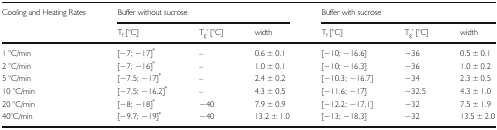
<table><thead><tr><td rowspan="2"><b>Cooling and Heating Rates</b></td><td colspan="3"><b>Buffer without sucrose</b></td><td colspan="3"><b>Buffer with sucrose</b></td></tr><tr><td><b>T<sub>f</sub> [°C]</b></td><td><b>T<sub>g</sub>’ [°C]</b></td><td><b>width</b></td><td><b>T<sub>f</sub> [°C]</b></td><td><b>T<sub>g</sub>’ [°C]</b></td><td><b>width</b></td></tr></thead><tbody><tr><td>1 °C/min</td><td>[−7; −17]<sup>*</sup></td><td>–</td><td>0.6 ± 0.1</td><td>[−10; −16.6]</td><td>−36</td><td>0.5 ± 0.1</td></tr><tr><td>2 °C/min</td><td>[−7; −16]<sup>*</sup></td><td>–</td><td>1.0 ± 0.1</td><td>[−10; −16.3]</td><td>−36</td><td>1.0 ± 0.2</td></tr><tr><td>5 °C/min</td><td>[−7.5; −17]<sup>*</sup></td><td>–</td><td>2.4 ± 0.2</td><td>[−10.3; −16.7]</td><td>−34</td><td>2.3 ± 0.5</td></tr><tr><td>10 °C/min</td><td>[−7.5; −16.2]<sup>*</sup></td><td>–</td><td>4.3 ± 0.5</td><td>[−11.6; −17]</td><td>−32.5</td><td>4.3 ± 1.0</td></tr><tr><td>20 °C/min</td><td>[−8; −18]<sup>*</sup></td><td>−40</td><td>7.9 ± 0.9</td><td>[−12.2; −17.1]</td><td>−32</td><td>7.5 ± 1.9</td></tr><tr><td>40°C/min</td><td>[−9.7; −19]<sup>*</sup></td><td>−40</td><td>13.2 ± 1.0</td><td>[−13; −18.3]</td><td>−32</td><td>13.5 ± 2.0</td></tr></tbody></table>